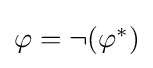
{\textstyle \varphi =\neg (\varphi ^{*})}